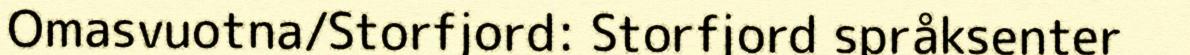
Omasvuotna/Storfjord: Storfjord språksenter